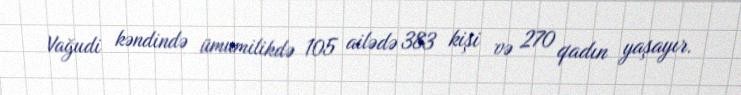
Vağudi kəndində ümumilikdə 105 ailədə 383 kişi və 270 qadın yaşayır.